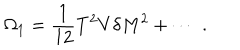
\Omega _ { 1 } = \frac { 1 } { 1 2 } T ^ { 2 } V \delta M ^ { 2 } + \cdots \; .